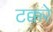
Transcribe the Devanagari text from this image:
टक्करे